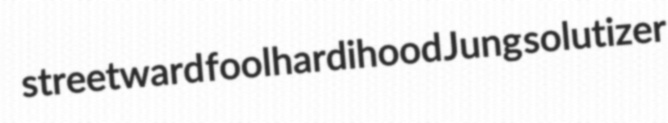
streetward foolhardihood Jung solutizer